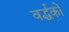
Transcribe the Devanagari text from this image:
वर्द्धकों